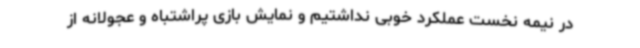
در نیمه نخست عملکرد خوبی نداشتیم و نمایش بازی پراشتباه و عجولانه از